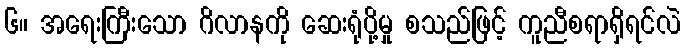
၆။ အရေးကြီးသော ဂိလာနကို ဆေးရုံပို့မှု စသည်ဖြင့် ကူညီစရာရှိရင်လဲ